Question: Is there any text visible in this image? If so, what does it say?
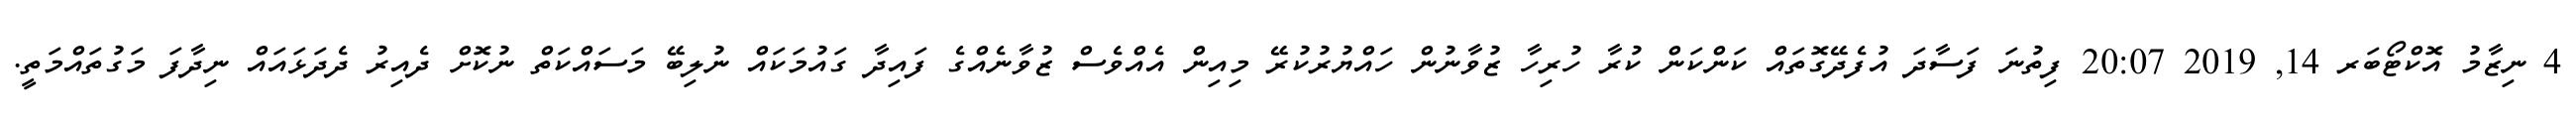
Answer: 4 ނިޒާމު އޮކްޓޯބަރ 14, 2019 20:07 ފިތުނަ ފަސާދަ އުފެދޭގޮތައް ކަންކަން ކުރާ ހުރިހާ ޒުވާނުން ހައްޔުރުކުރޭ މިއިން އެއްވެސް ޒުވާނެއްގެ ފައިދާ ގައުމަކައް ނުލިބޭ މަސައްކަތް ނުކޮށް ދެއިރު ދެދަޅައައް ނިދާފަ މަގުތައްމަތީ.